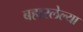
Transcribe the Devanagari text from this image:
बहारलेल्या